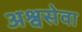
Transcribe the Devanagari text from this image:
अश्वसेवा